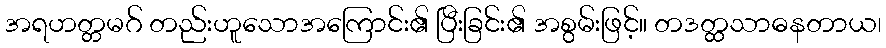
အရဟတ္တမဂ် တည်းဟူသောအကြောင်း၏ ပြီးခြင်း၏ အစွမ်းဖြင့်။ တဒတ္ထသာဓနတာယ၊